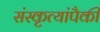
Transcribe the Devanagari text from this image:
संस्कृत्यांपैकी